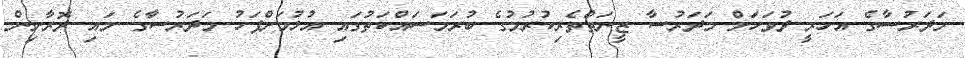
މަދަރުސާގެ އަހަރީ ދުވަހަށް މަދަރުސާ ޒީނަތްތެރިކުރުމުގެ ބުރަމަސައްކަތުގައި އުޅުމަށްފަހު މަދަރުސާގެ މައި ދޮރާށިން